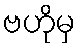
ဗဟိုမှ